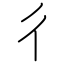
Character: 彳